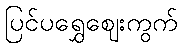
ပြင်ပရွှေဈေးကွက်